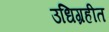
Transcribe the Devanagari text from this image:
उधिग्रहीत